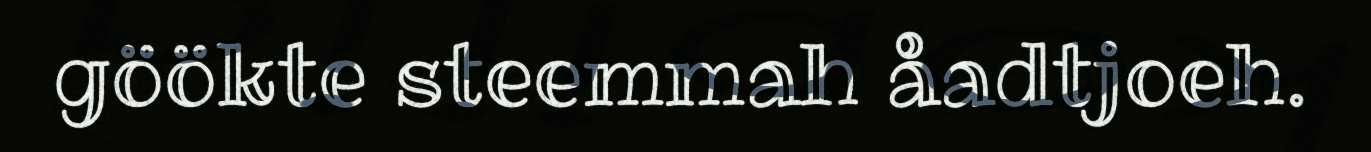
göökte steemmah åadtjoeh.